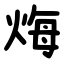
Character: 烸